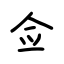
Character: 佥